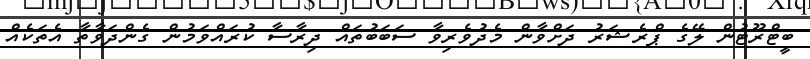
ބީޓްރޫޓުން ލޭގެ ޕްރެޝަރު ދަށްވާން މެދުވެރިވާ ސަބަބުތައް ދިރާސާ ކުރައްވަމުން ގެންދަވާތާ އެތަކެއް